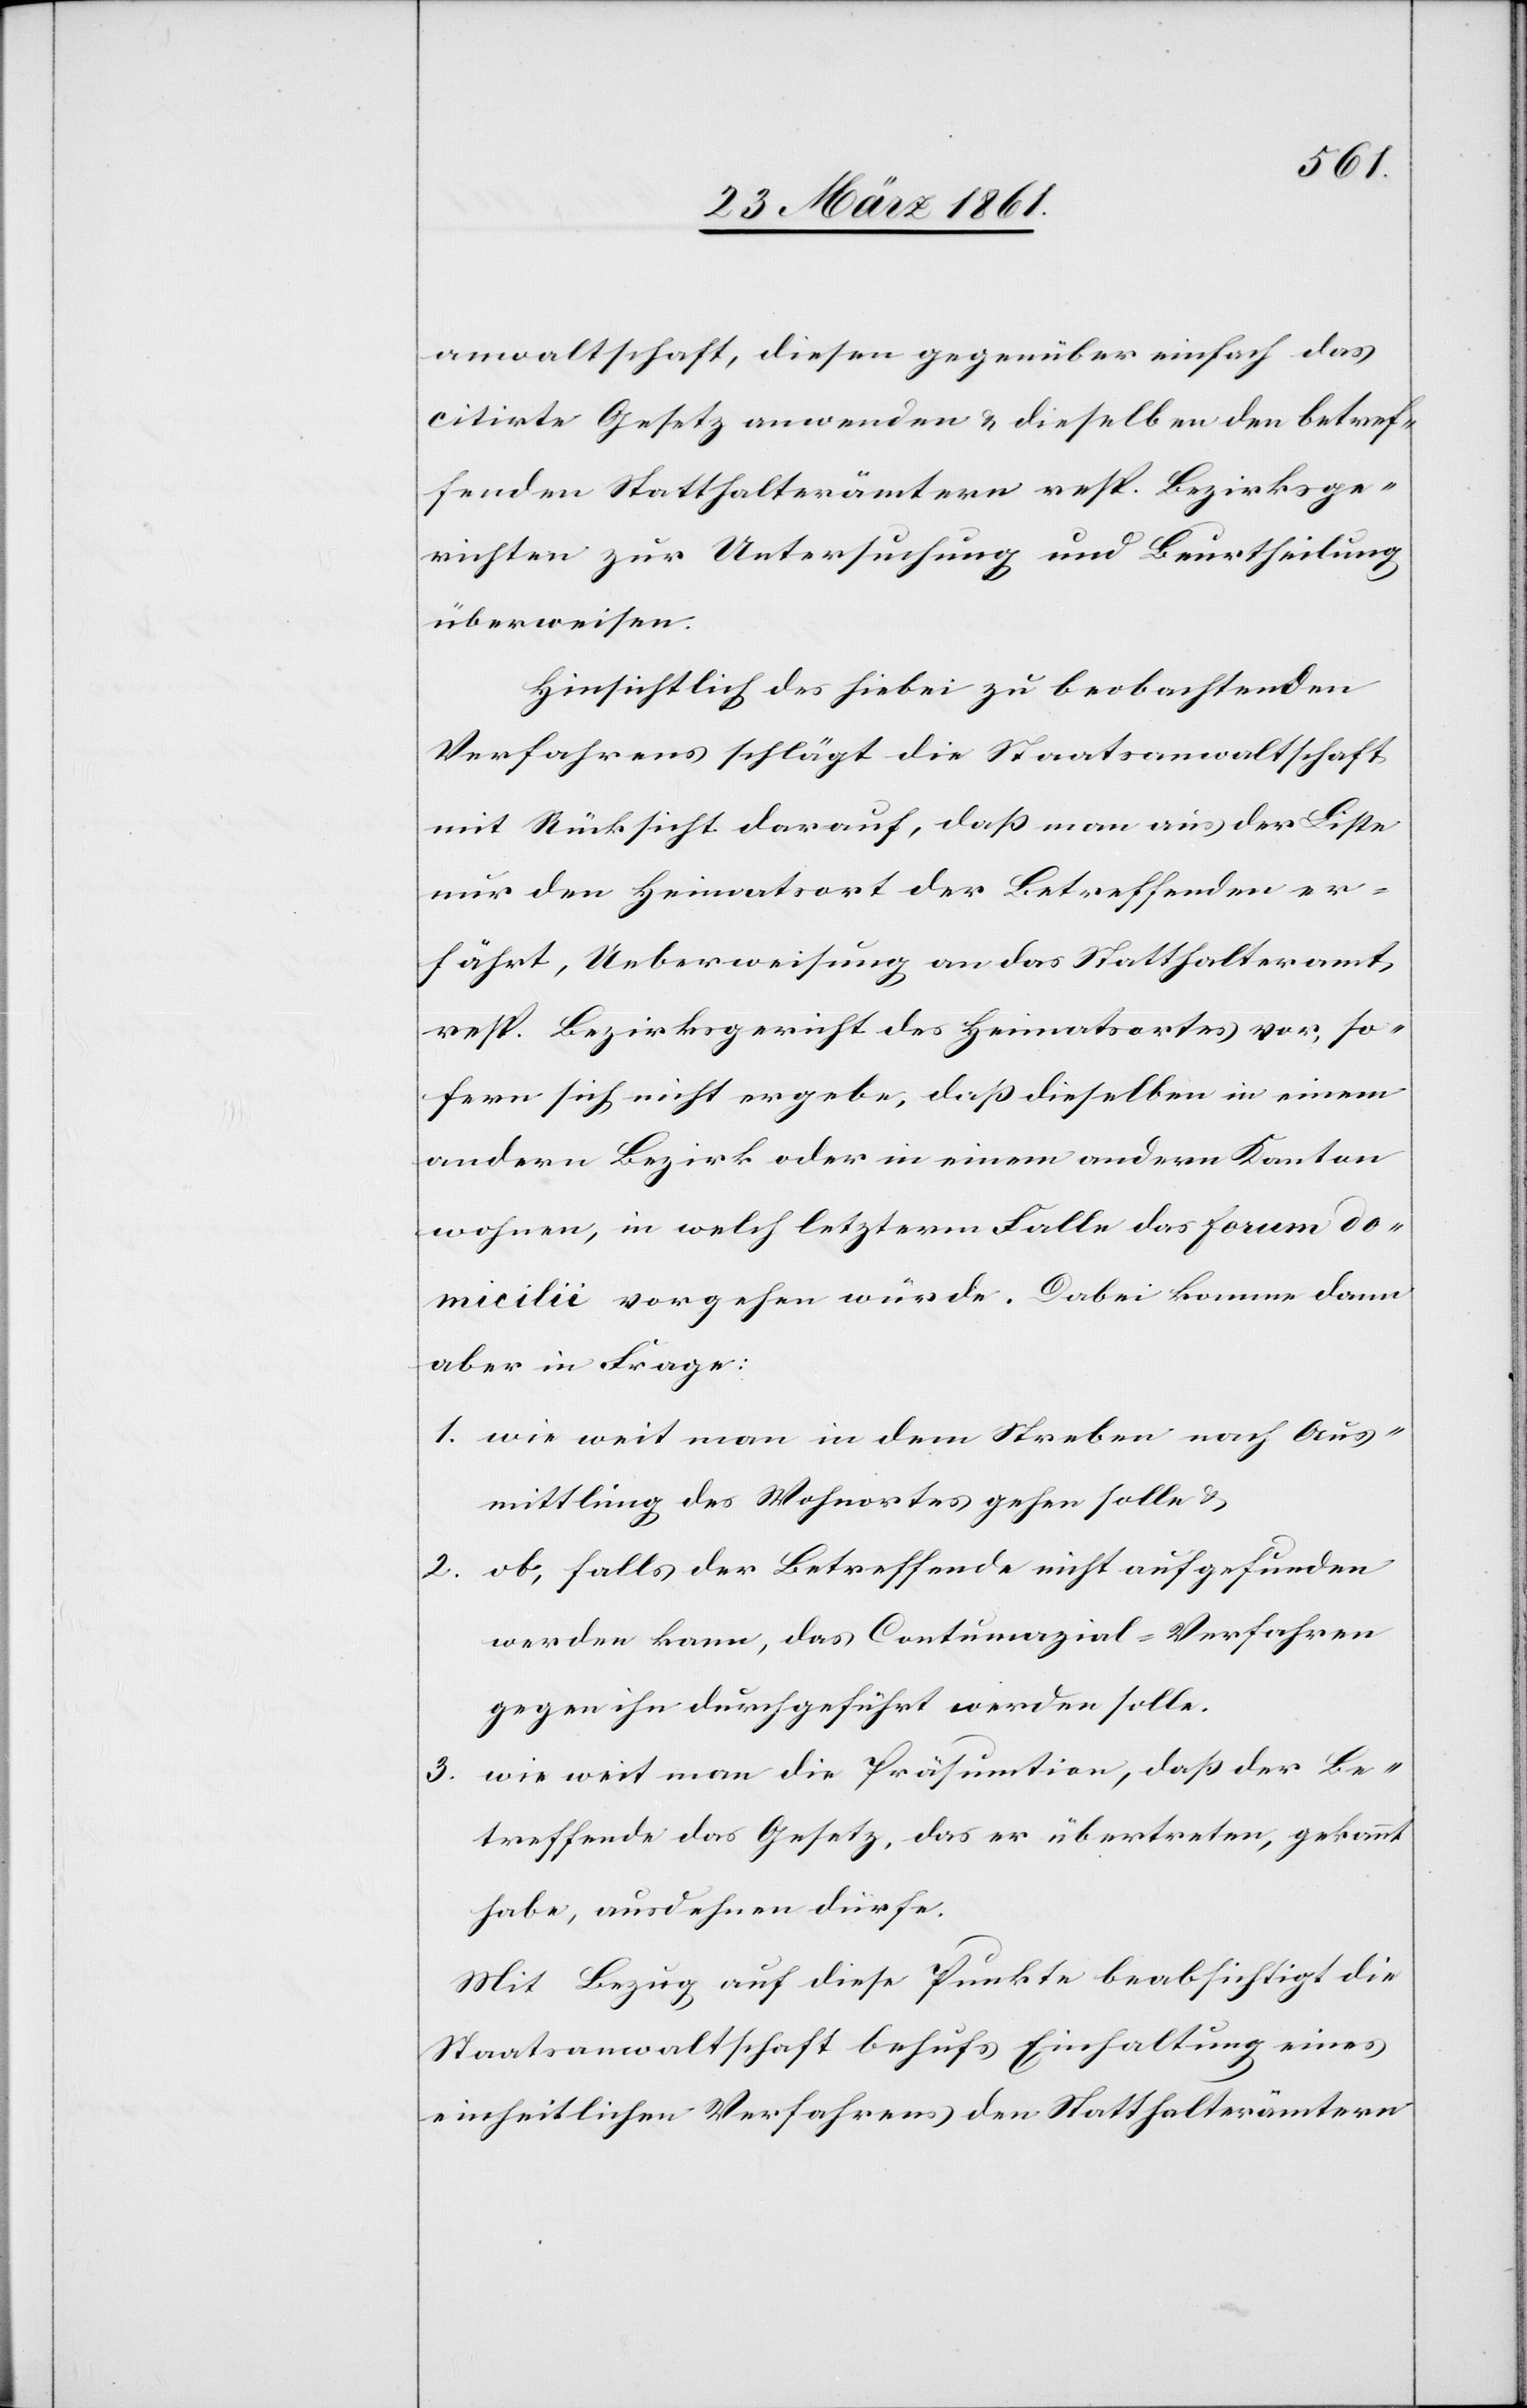
anwaltschaft, diesen gegenüber einfach das
citirte Gesetz anwenden u. dieselben den betref¬
fenden Statthalterämtern resp. Bezirksge¬
richten zur Untersuchung und Beurtheilung
überweisen.
Hinsichtlich des hiebei zu beobachtenden
Verfahrens schlägt die Staatsanwaltschaft
mit Rücksicht darauf, daß man aus der Liste
nur den Heimatsort der Betreffenden er¬
fährt, Ueberweisung an das Statthalteramt,
resp. Bezirksgericht des Heimatsortes vor, so¬
fern sich nicht ergebe, daß dieselben in einem
andern Bezirk oder in einem andern Kanton
wohnen, in welch letzterm Falle das forum do¬
micilie vorgehen würde. Dabei komme dann
aber in Frage:
1. wie weit man in dem Streben nach Aus¬
mittlung des Wohnortes gehen solle u.
ob, falls der Betreffende nicht aufgefunden
2.
werden kann, das Contumazial-Verfahren
gegen ihn durchgeführt werden solle.
3. wie weit man die Präsumtion, daß der Be¬
treffende das Gesetz, das er übertreten, gekannt
habe, ausdehnen dürfe.
Mit Bezug auf diese Punkte beabsichtigt die
Staatsanwaltschaft behufs Einhaltung eines
einheitlichen Verfahrens den Statthalterämtern